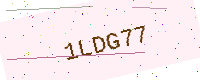
Text: 1LDG77